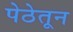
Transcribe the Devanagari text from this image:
पेठेतून